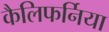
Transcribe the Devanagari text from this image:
कैलिफर्निया